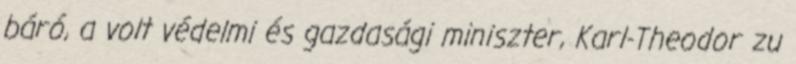
báró, a volt védelmi és gazdasági miniszter, Karl-Theodor zu